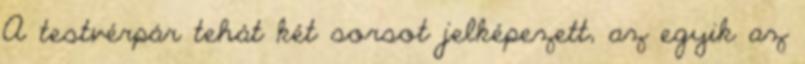
A testvérpár tehát két sorsot jelképezett, az egyik az